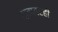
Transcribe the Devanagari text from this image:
दाबावरही